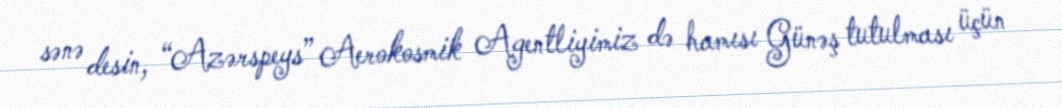
sənə desin, “Azərspeys” Aerokosmik Agentliyimiz də hamısı Günəş tutulması üçün